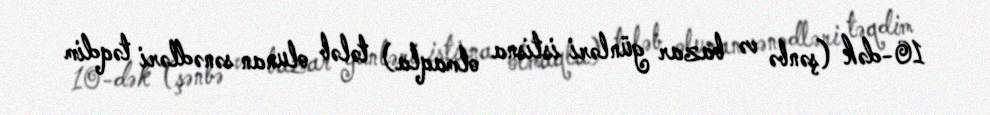
10-dək (şənbə və bazar günləri istisna olmaqla) tələb olunan sənədləri təqdim